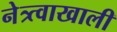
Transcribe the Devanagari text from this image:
नेत्र्त्वाखाली